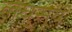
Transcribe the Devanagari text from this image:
लघुसूर्य